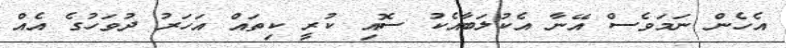
އެހެން ނަމަވެސް އޭނާ އެކުލަބާއެކު ސޮއި ކުރީ ކިތައް އަހަރު ދުވަހުގެ އެއް